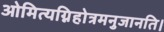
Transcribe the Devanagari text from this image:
ओमित्यग्निहोत्रमनुजानति।